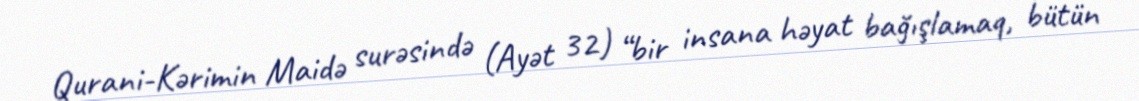
Qurani-Kərimin Maidə surəsində (Ayət 32) “bir insana həyat bağışlamaq, bütün